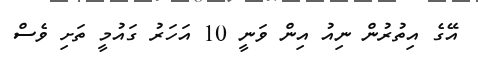
އޭގެ އިތުރުން ނިއު އިން ވަނީ 10 އަހަރު ގައުމީ ތަށި ވެސް